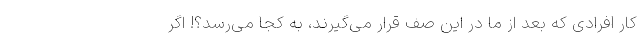
کار افرادی که بعد از ما در این صف قرار می‌گیرند، به کجا می‌رسد؟! اگر